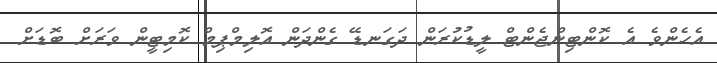
އެހެންވެ އެ ކޮންޓިންޖެންޓް ލީޑުކުރަން ދަގަނޑޭ ގެންދަން އޮލިމްޕިމް ކޮމިޓީން ވަރަށް ބޮޑަށް